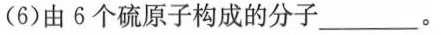
(6)由6个硫原子构成的分子\underline。